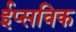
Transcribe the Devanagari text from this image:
ईप्सविक